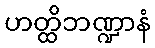
ဟတ္ထိဘဏ္ဍာနံ